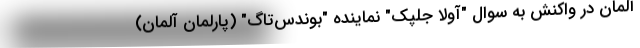
آلمان در واکنش به سوال "آولا جلپک" نماینده "بوندس‌تاگ" (پارلمان آلمان)